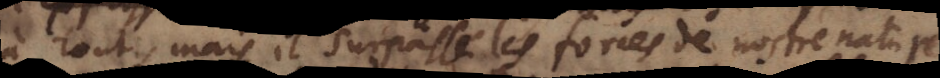
à tout, mais il surpasse les forces de nostre nature